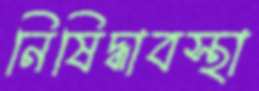
নিষিদ্ধাবস্থা